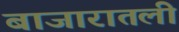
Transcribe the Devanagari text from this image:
बाजारातली